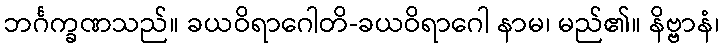
ဘင်္ဂက္ခဏသည်။ ခယဝိရာဂေါတိ-ခယဝိရာဂေါ နာမ၊ မည်၏။ နိဗ္ဗာနံ၊